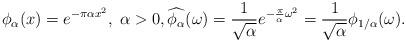
LaTeX: \begin{align*} \phi_\alpha(x) = e^{-\pi \alpha x^2}, \; \alpha > 0, \widehat{\phi_\alpha}(\omega) = \frac{1}{\sqrt{\alpha}} e^{-\frac{\pi}{\alpha} \omega^2} = \frac{1}{\sqrt{\alpha}} \phi_{1/\alpha}(\omega).\end{align*}